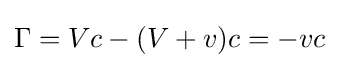
\Gamma =Vc-(V+v)c=-vc